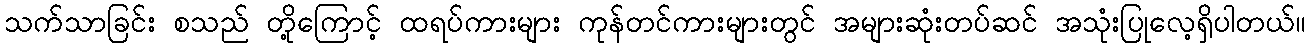
သက်သာခြင်း စသည် တို့ကြောင့် ထရပ်ကားများ ကုန်တင်ကားများတွင် အများဆုံးတပ်ဆင် အသုံးပြုလေ့ရှိပါတယ်။